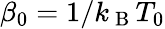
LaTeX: \beta_{0}=1/k_{\mathrm{~B~}}T_{0}